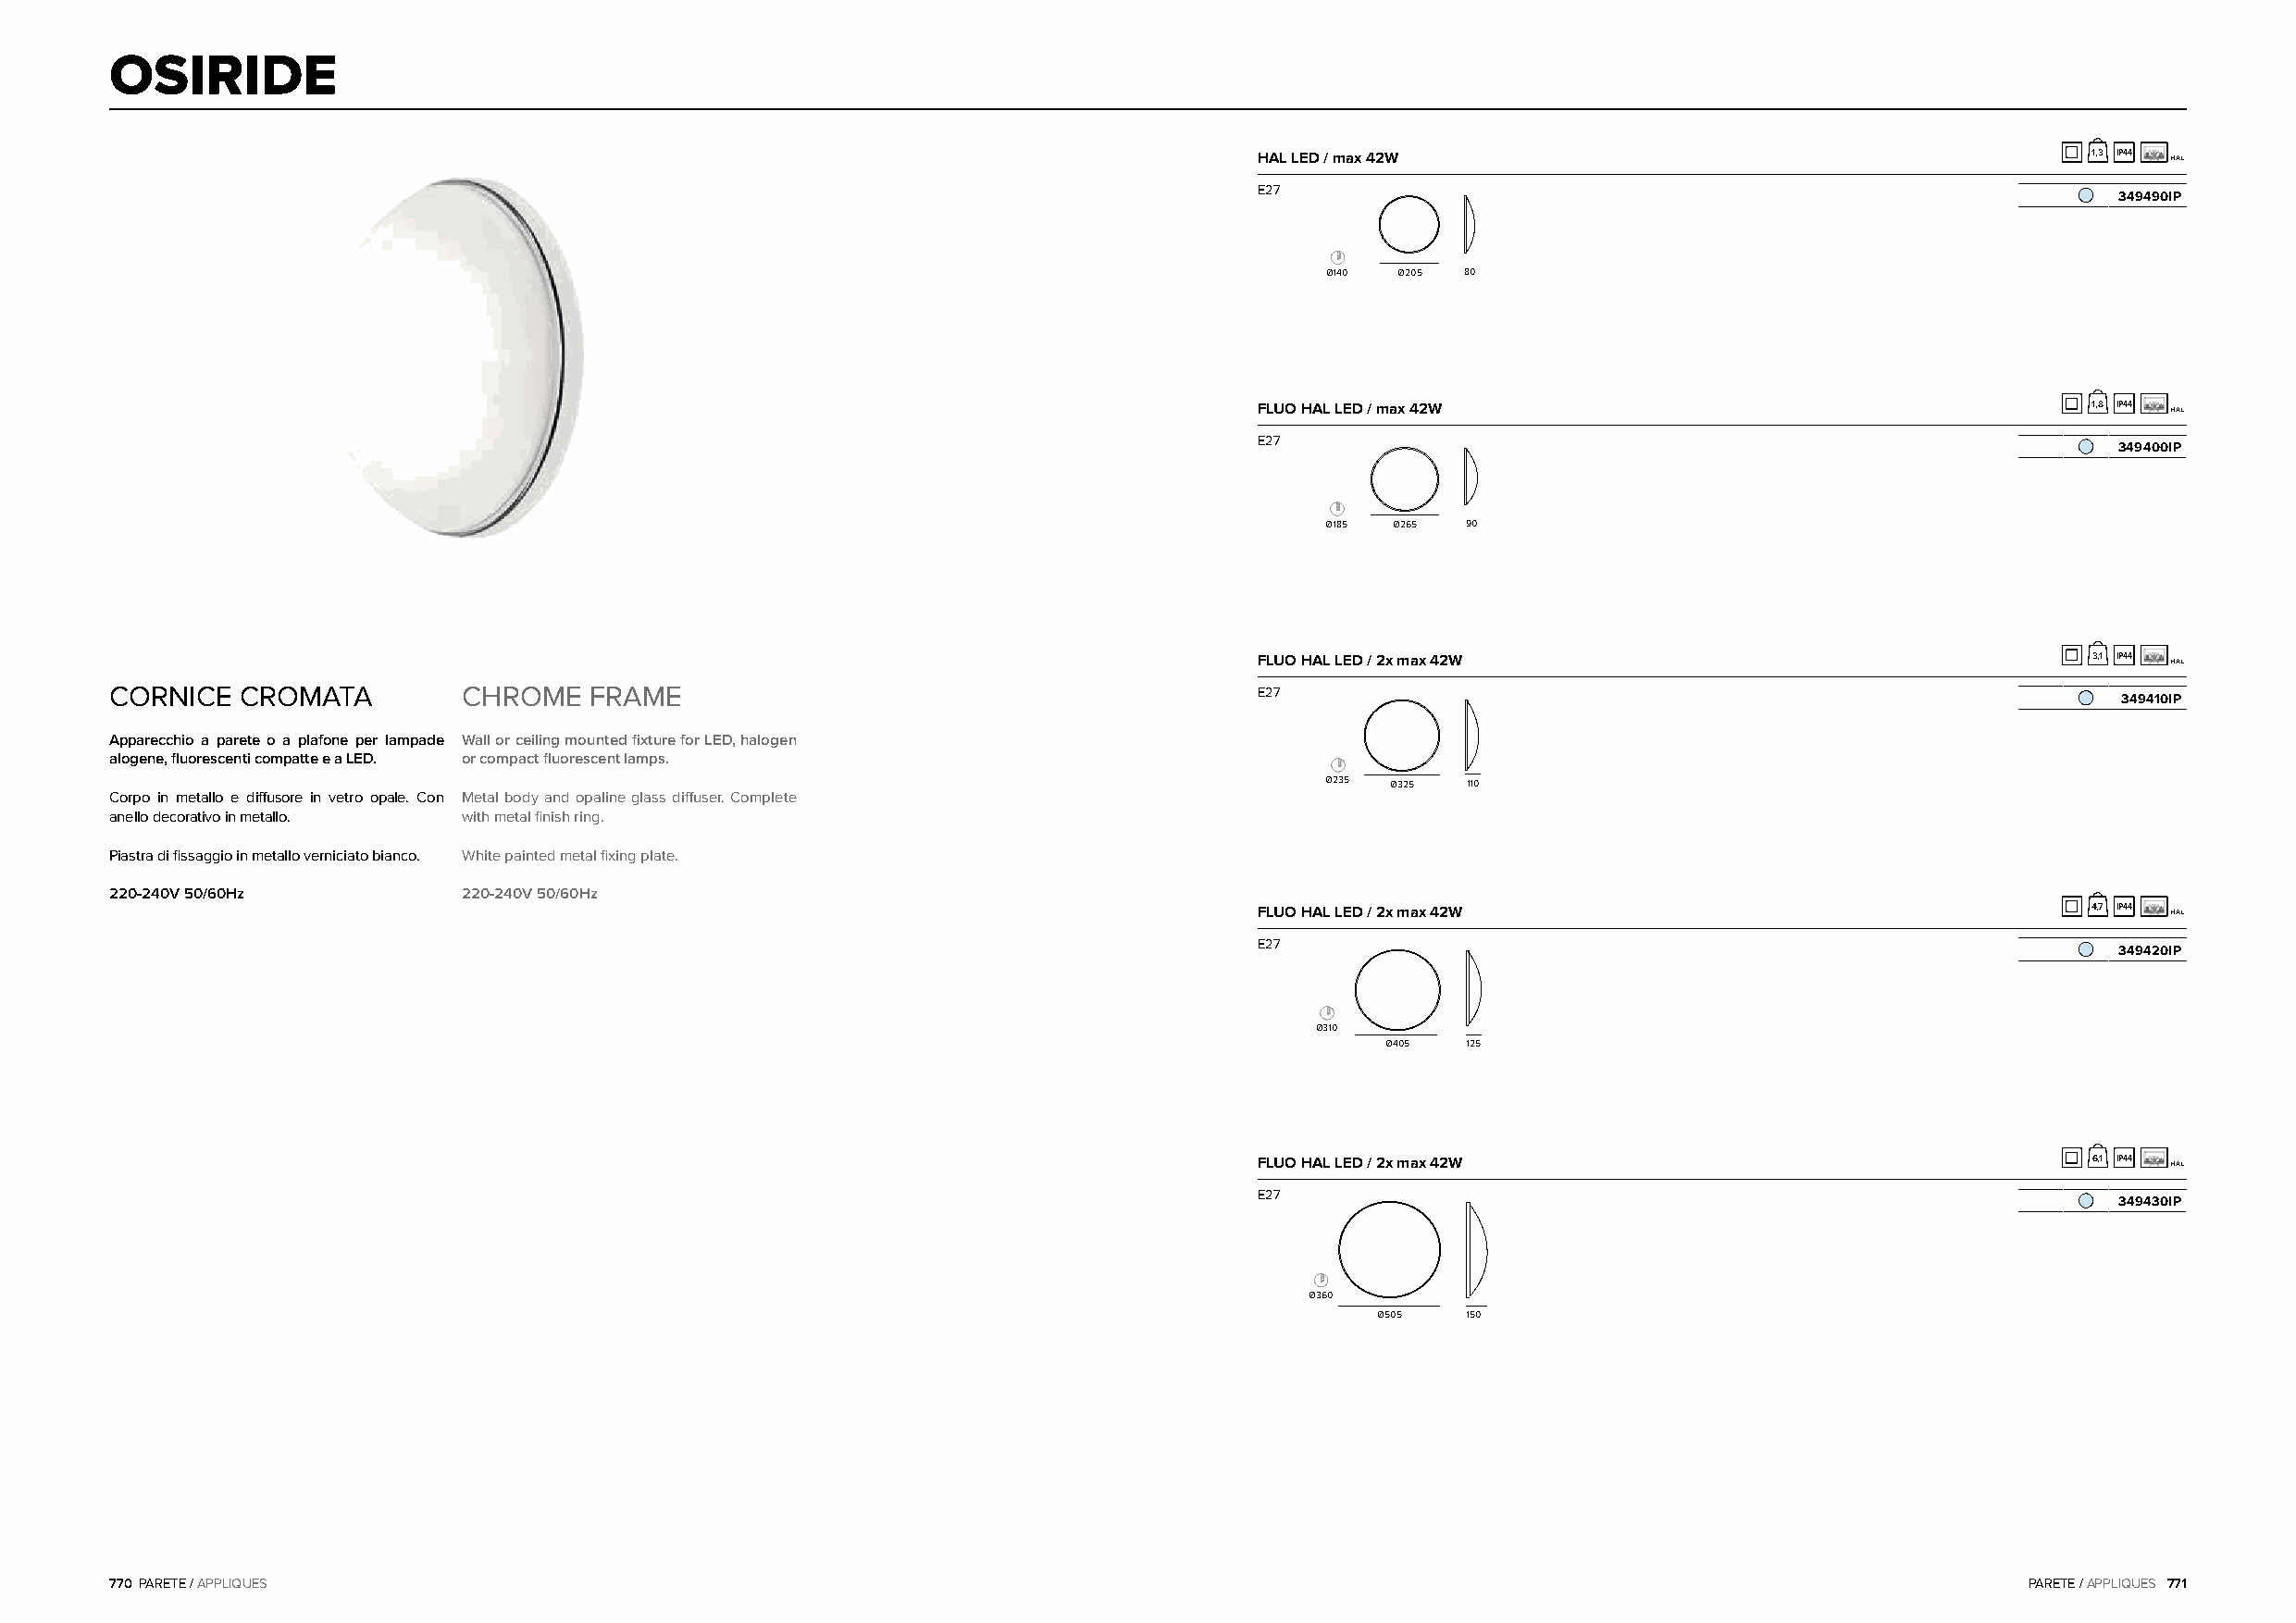
OSIRIDE
 HAL LED / max 42W                                           1,3 IP44 HAL
 E27
 349490IP
 Ø140 Ø205 80
 FLUO HAL LED / max 42W                                      1,8 IP44 HAL
 E27
 349400IP
 Ø185 Ø265 90
 FLUO HAL LED / 2x max 42W                                   3,1 IP44 HAL
 CORNICE  CROMATA         CHROME   FRAME                                           E27
 349410IP
 Apparecchio a parete o a plafone per lampade Wall or ceiling mounted fixture for LED, halogen
 alogene, fluorescenti compatte e a LED. or compact fluorescent lamps.
 Ø235 Ø325 110
 Corpo in metallo e diffusore in vetro opale. Con Metal body and opaline glass diffuser. Complete
 anello decorativo in metallo. with metal finish ring.
 Piastra di fissaggio in metallo verniciato bianco. White painted metal fixing plate.
 220-240V 50/60Hz         220-240V 50/60Hz
 FLUO HAL LED / 2x max 42W                                   4,7 IP44 HAL
 E27
 349420IP
 Ø310
 Ø405  125
 FLUO HAL LED / 2x max 42W                                   6,1 IP44 HAL
 E27
 349430IP
 Ø360
 Ø505  150
 770 PARETE / APPLIQUES                                                                                                                   PARETE / APPLIQUES 771